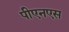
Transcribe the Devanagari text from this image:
पीएनएस